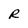
Character: R